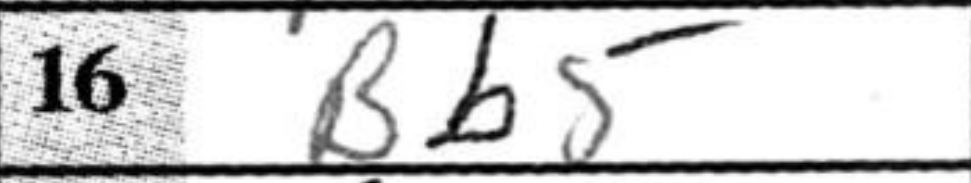
Transcription: Bb5